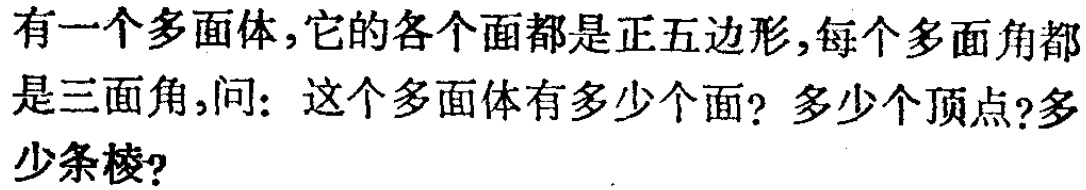
有一个多面体，它的各个面都是正五边形，每个多面角都是三面角，问：这个多面体有多少个面？多少个顶点?多少条棱?